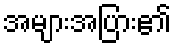
အများအပြား၏